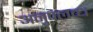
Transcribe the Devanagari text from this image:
अनुपलब्‍ध